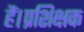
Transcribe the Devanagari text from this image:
हैं।प्रशिक्षक